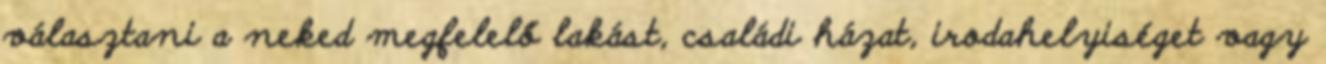
választani a neked megfelelő lakást, családi házat, irodahelyiséget vagy